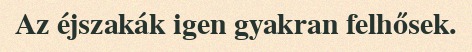
Az éjszakák igen gyakran felhősek.